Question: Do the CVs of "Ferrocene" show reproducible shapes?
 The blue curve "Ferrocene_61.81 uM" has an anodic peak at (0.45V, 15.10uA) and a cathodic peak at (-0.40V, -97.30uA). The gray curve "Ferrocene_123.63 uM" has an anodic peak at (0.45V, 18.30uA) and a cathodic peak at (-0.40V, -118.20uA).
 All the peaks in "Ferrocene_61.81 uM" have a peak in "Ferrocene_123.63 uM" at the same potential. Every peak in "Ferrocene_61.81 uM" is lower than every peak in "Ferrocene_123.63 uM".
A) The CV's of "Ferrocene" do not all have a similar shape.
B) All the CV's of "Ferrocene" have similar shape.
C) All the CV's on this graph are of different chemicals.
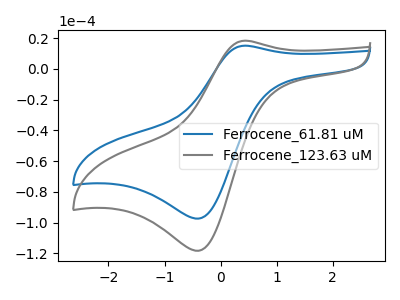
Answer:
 <answer>B) All the CV's of "Ferrocene" have similar shape.</answer>
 <eval>B</eval>